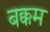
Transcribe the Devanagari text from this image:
बक्कम